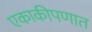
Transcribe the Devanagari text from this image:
एकाकीपणात